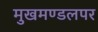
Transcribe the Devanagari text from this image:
मुखमण्डलपर